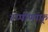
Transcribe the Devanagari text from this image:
श्प्पीणॉफ़्